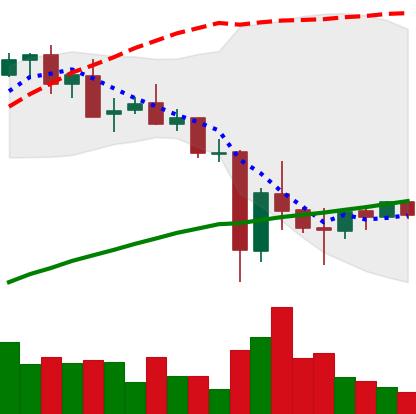
Ticker: XMR-USD
Chart end date: 2021-05-27
Forward return: 6.026%
Label: up_5_7